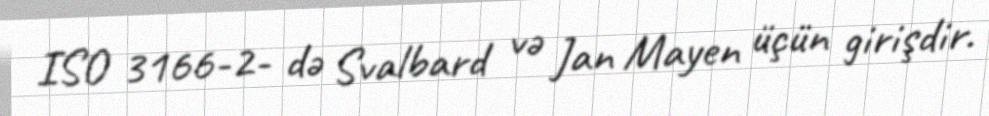
ISO 3166-2- də Svalbard və Jan Mayen üçün girişdir.